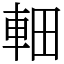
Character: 䡒